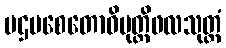
ပဌမစေတောဝိမုတ္တိဖလသုတ္တံ